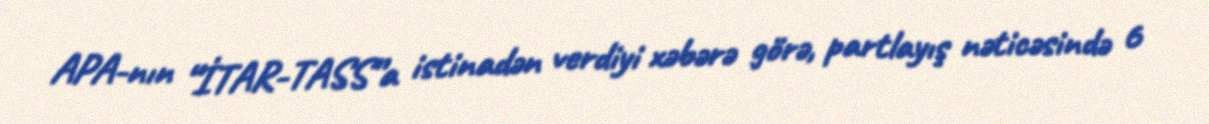
APA-nın “İTAR-TASS”a istinadən verdiyi xəbərə görə, partlayış nəticəsində 6